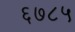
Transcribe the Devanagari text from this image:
६७८५